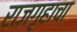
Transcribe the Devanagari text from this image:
राजगृहाचा